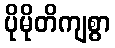
ပိုမိုတိကျစွာ